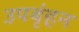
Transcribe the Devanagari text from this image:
उपबृंहन